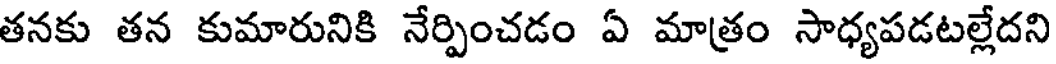
తనకు తన కుమారునికి నేర్పించడం ఏ మాత్రం సాధ్యపడటల్లేదని